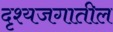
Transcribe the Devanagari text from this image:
दृश्यजगातील